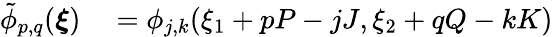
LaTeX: \begin{array}{rl}{\tilde{\phi}_{p,q}(\boldsymbol{\xi})}&{{}=\phi_{j,k}(\xi_{1}+pP-jJ,\xi_{2}+qQ-kK)}\end{array}